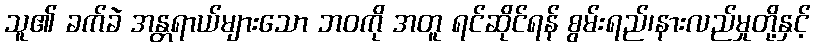
သူ၏ ခက်ခဲ အန္တရာယ်များသော ဘဝကို အတူ ရင်ဆိုင်ရန် စွမ်းရည်၊နားလည်မှုတို့နှင့်